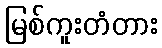
မြစ်ကူးတံတား